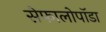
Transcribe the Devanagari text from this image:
सेफालोपॉडा